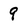
Character: 9